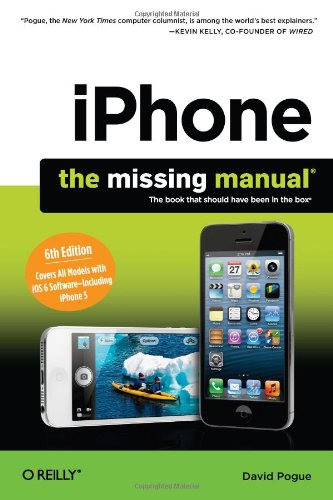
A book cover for iPhone: The Missing Manual (Missing Manuals); David Pogue; Computers & Technology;